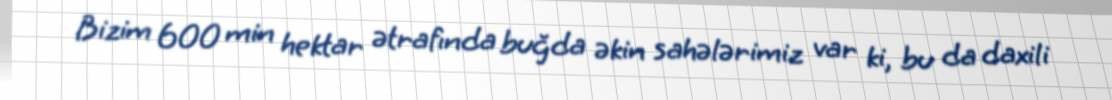
Bizim 600 min hektar ətrafında buğda əkin sahələrimiz var ki, bu da daxili